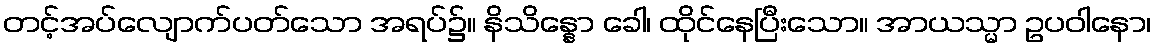
တင့်အပ်လျောက်ပတ်သော အရပ်၌။ နိသိန္နော ခေါ၊ ထိုင်နေပြီးသော။ အာယသ္မာ ဥပဝါနော၊